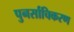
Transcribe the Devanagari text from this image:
पुनर्साचिकरण